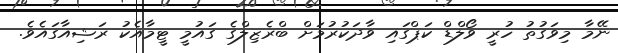
ނޭމާ މިވަގުތު ހުރީ ވޯލްޑް ކަޕްގައި ވާދަކުރުމަށް ބްރެޒިލްގެ ގައުމީ ޓީމާއެކު ރަޝިއާގައެވެ.